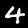
Label: 4